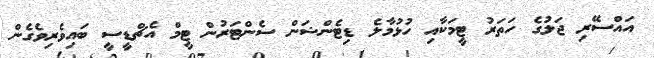
އައްސޭރި ޖަލުގެ ހަތަރު ޓީމަކާއި ހުޅުމާލެ ޑިޓެންޝަން ސެންޓަރުން ޓީމް އެޗްޑީސީ ބައިވެރިވެގެން